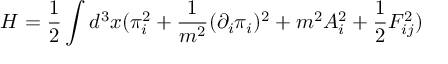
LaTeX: H = \frac { 1 } { 2 } \int d ^ { 3 } x ( \pi _ { i } ^ { 2 } + \frac { 1 } { m ^ { 2 } } ( \partial _ { i } \pi _ { i } ) ^ { 2 } + m ^ { 2 } A _ { i } ^ { 2 } + \frac { 1 } { 2 } F _ { i j } ^ { 2 } ) \nonumber